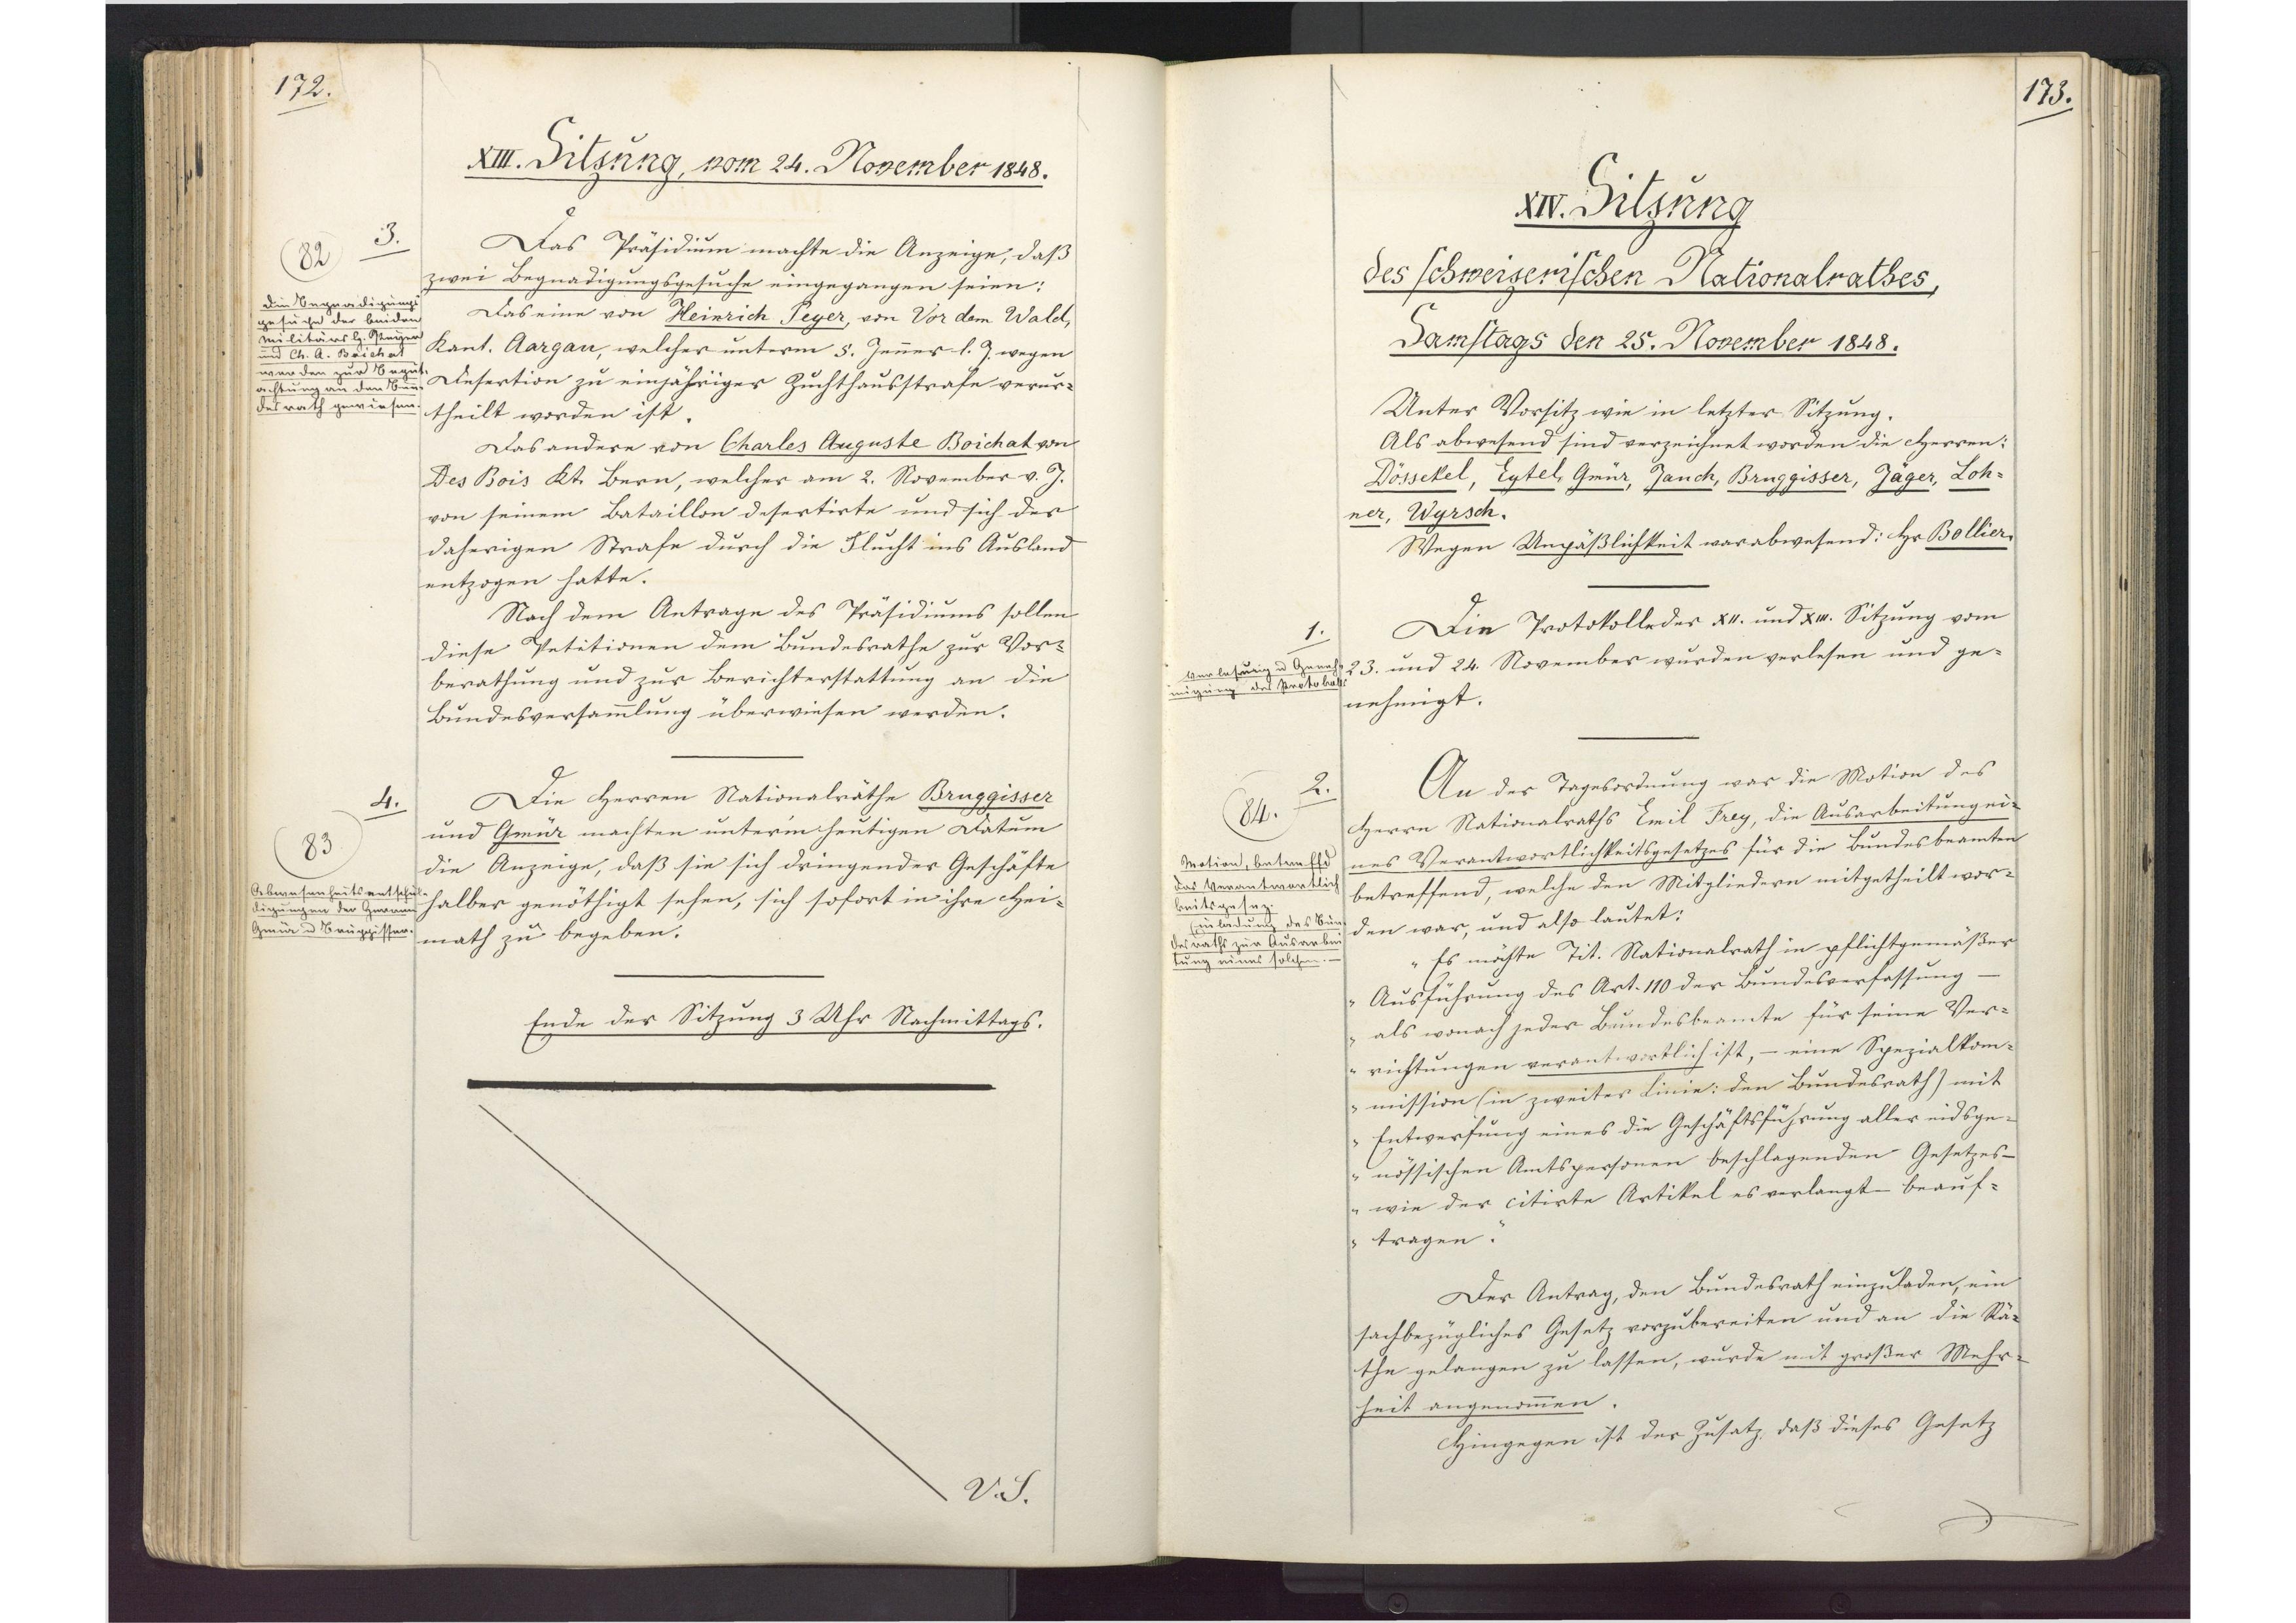
172.

XIII. Sitzung, vom 24. November 1848.

Das Präsidium machte die Anzeige, daß
zwei Begnadigungsgesuche eingegangen seien:
Das eine von Heinrich Peyer, von Vor dem Wald,
Kant. Aargau, welcher unterm 5. Jenner l. J. wegen
Desertion zu einjähriger Zuchthausstrafe verur¬
theilt worden ist.
Das andere von Charles Auguste Boichat von
Des Bois Kt. Bern, welcher am 2. November v. J.
von seinem Bataillon desertirte und sich der
daherigen Strafe durch die Flucht ins Ausland
entzogen hatte.
Nach dem Antrage des Präsidiums sollen
diese Petitionen dem Bundesrathe zur Vor¬
berathung und zur Berichterstattung an die
Bundesversammlung überwiesen werden.
Die Herren Nationalräthe Bruggisser
und Gmür machten unterm heutigen Datum
die Anzeige, daß sie sich dringender Geschäfte
halber genöthigt sehen, sich sofort in ihre Hei¬
math zu begeben.
Ende der Sitzung 3 Uhr Nachmittags.

3.
82
Die Begnadigungs¬
gesuche der beiden
Militärs H. Peyer
und Ch. A. Boichat
werden zur Begut¬
achtung an den Bun¬
desrath gewiesen.

4.
83
Abwesenheitsentschul¬
digungen der Herren
Gmür und Bruggisser.